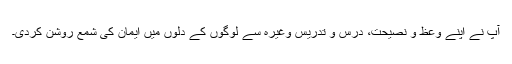
آپ نے اپنے وعظ و نصیحت، درس و تدریس وغیرہ سے لوگوں کے دلوں میں ایمان کی شمع روشن کردی۔